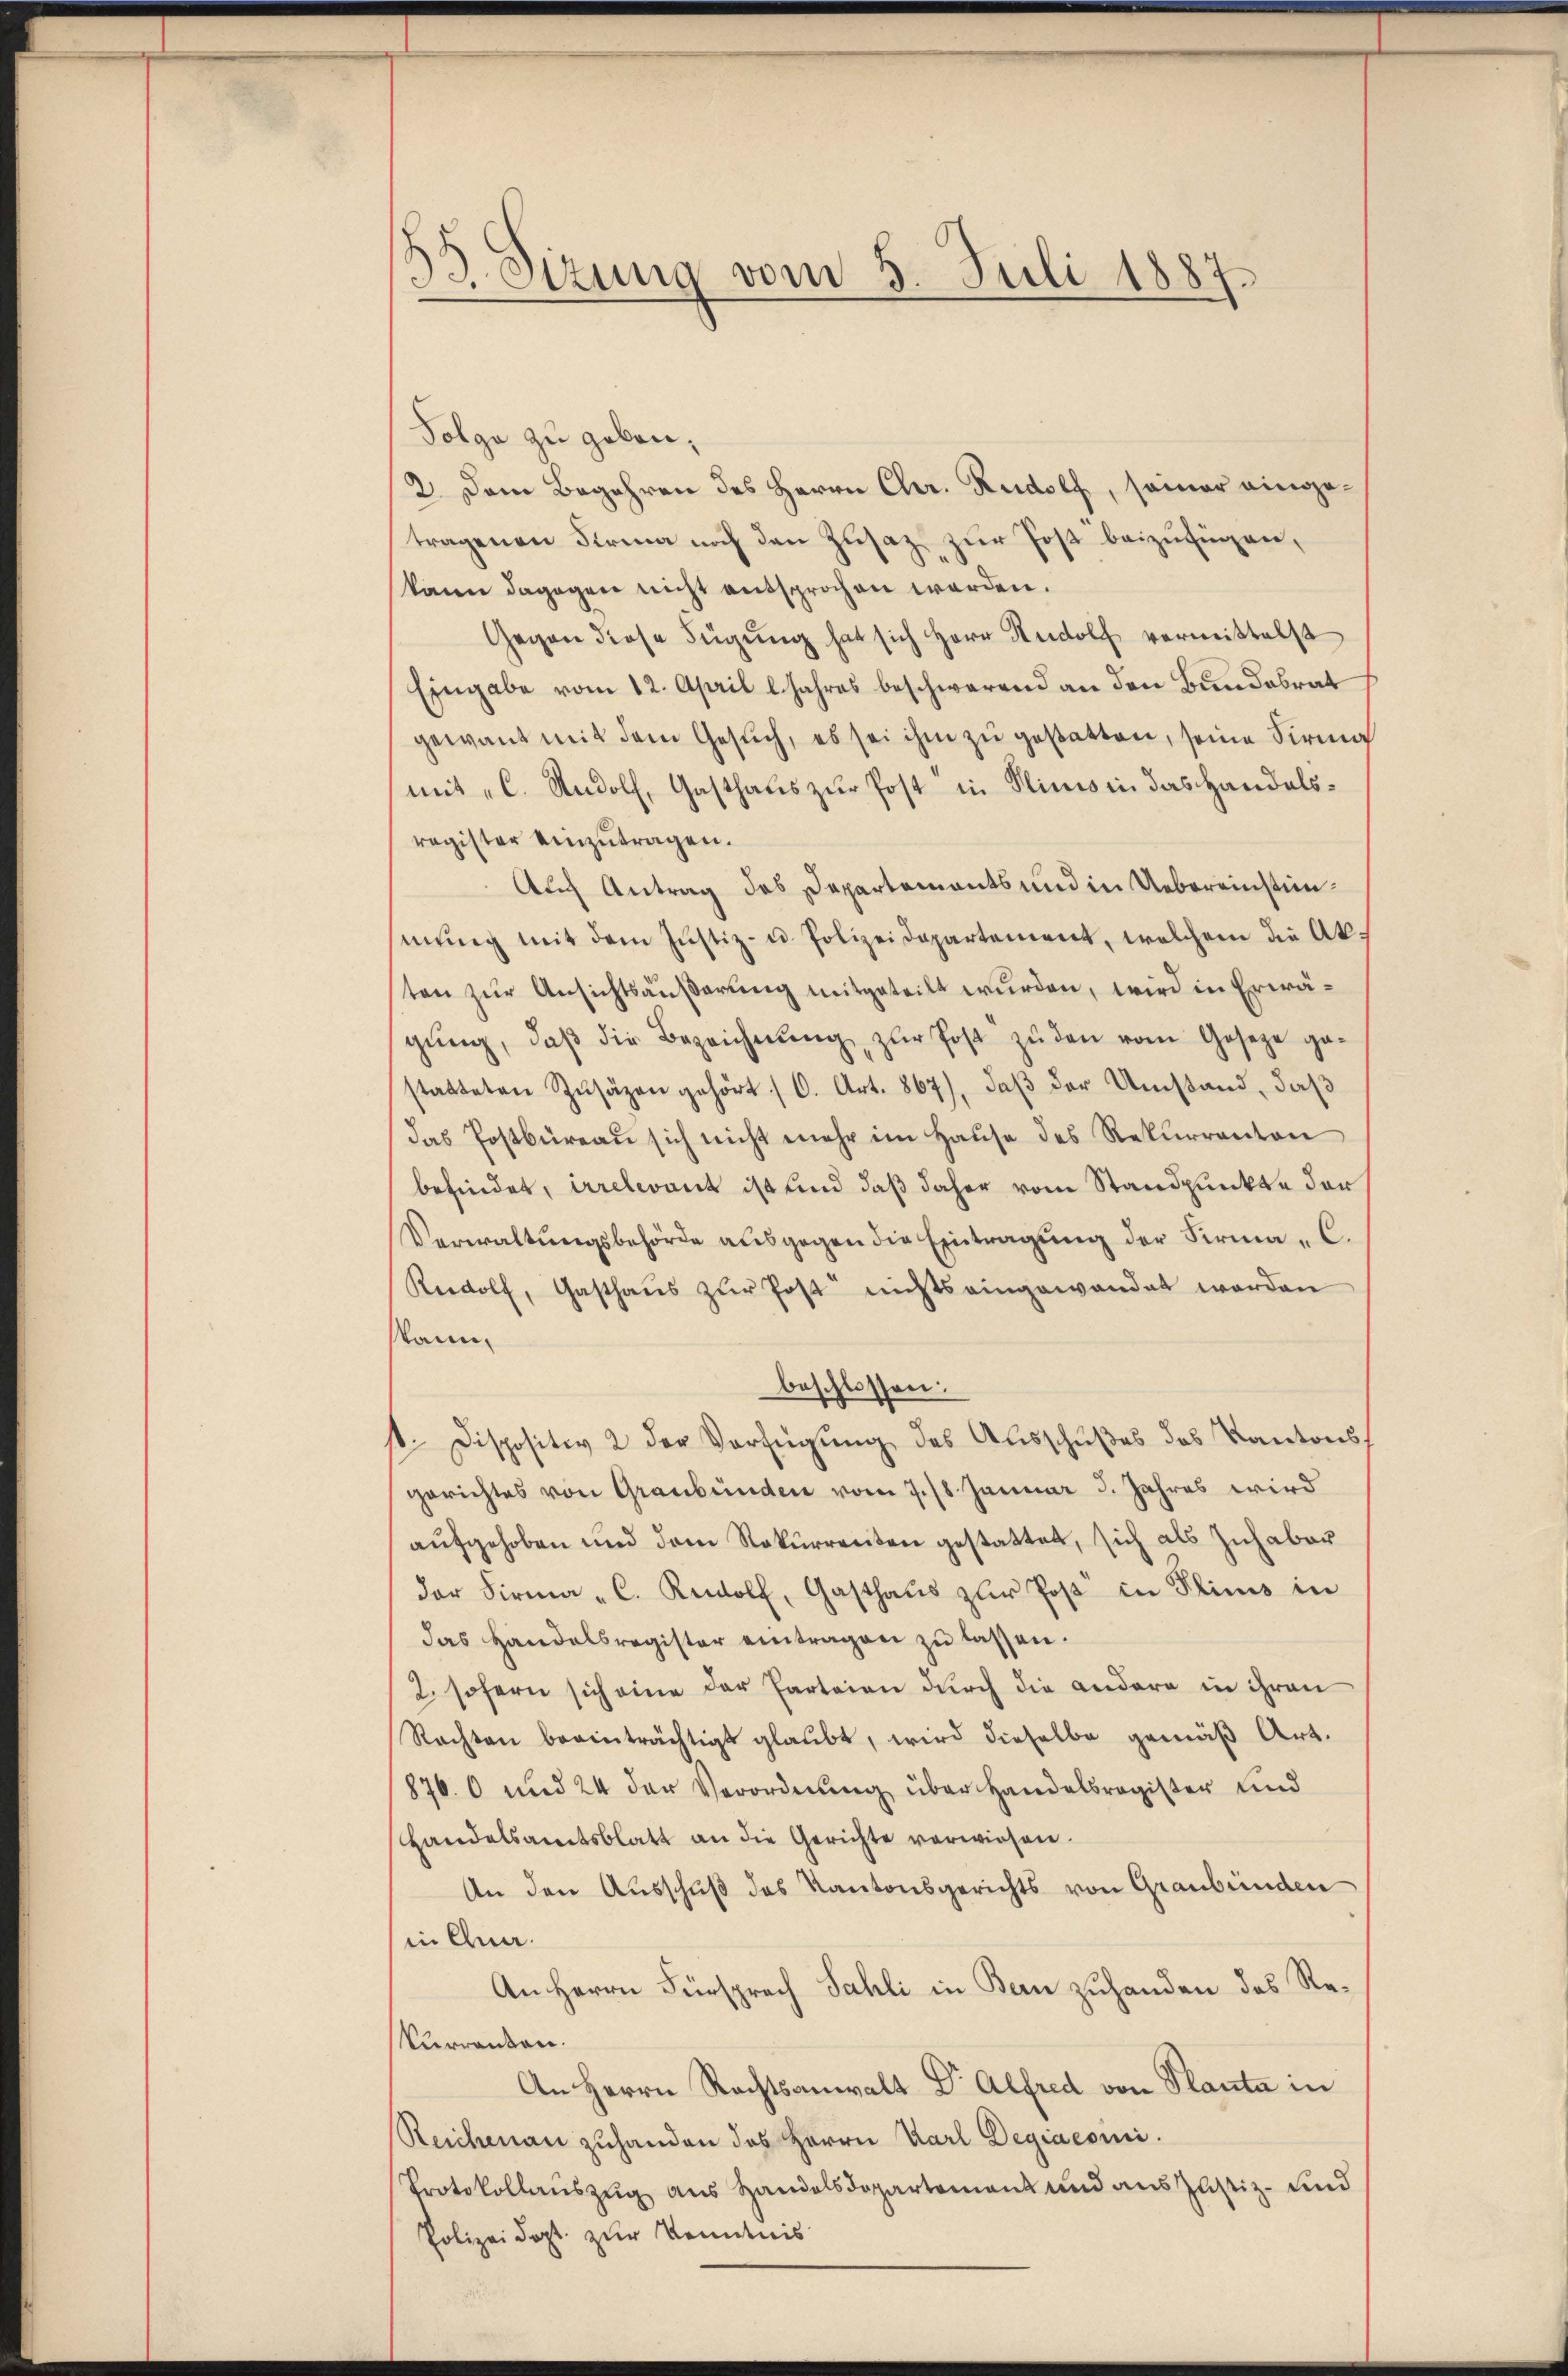
33. Sizung vom 5. Juli 1887.

Solga zu geben,
2. Dem Begehren des Herrn Chr. Rudolf, seiner eingetragenen Firma noch den Zusatz zur Post beizufügen,
kann dagegen nicht entsprochen werden.
Gegen diese Fügung hat sich Herr Rudolf vermittelst
Eingabe vom 12. April l. Jahres beschwerend an den Bundebrat
gewant mit dem Gesuch, es sei ihm zu gestatten, seine Firma
mit „C. Rudolf, Gasthaus zur Post in Plinis in das Handelsregister einzutragen.
Auch Antrag des Departements und in Uebereinstimmung mit dem Justiz- u. Polizeidepartement, welchem die Akten zur Ansichtsäußerung mitgeteilt wurden, wird in Erwägŭng, daβ die Bezeichnŭng zur Post zu den vom Gesetze ge-
statteten Zŭsäzen gehört (O. Art. 867), daβ der Umstand, daß
das Postbüreau sich nicht mehr im Hause des Rekurrenton
befindet, irrelevant ist und daß daher vom Standpunkte der
Verwaltungsbehörde ausgegen die Eintragung der Firma C.
Radolf, Gasthaŭs zŭr Post nichts eingewandet worden
skann,
beschlossen:
t. Dispositiv 2 der Verfügung des Ausschußes des Kantonsgerichtes von Graubünden vom 7./8. Januar 3. Jahres wird
aufgehoben und dem Rekurrenten gestattet, sich als Inhaber
der Firma C. Rudolf, Gasthaŭs zŭr Poβ in Plinis in
das Handelsregister eintragen zu lassen.
2. sofern sich eine der Parteien durch die andere in ihren
Rachten beeinträchtigt glaubt, wird dieselbe gemäß Art.
876. 60 und 24 der Verordnung über Handelsregister und
shandelsamtsblatt an die Gerichte verwiesen.
An den Ausschuß des Kantonsgerichts von Graubünden
in Chun.
An Herrn Fürsprech Sahli in Bern zuhanden das Re¬
Vurranken.
An Herrn Rechtsanwalt Dr. Alfred von Planta in
Reichenau zuhanden das Herrn Karl Degiacomi
Protokollaŭszŭg aŭs Handelsdopartement und aus Justiz- und
Polizeidopt zur Kenntnis